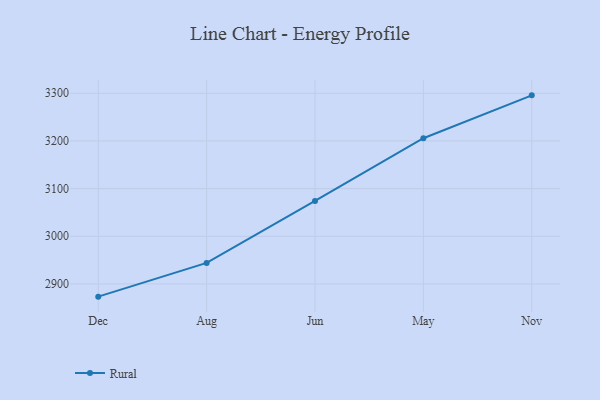
{"axis": {"x": "Month", "y": "Active Users"}, "legend": ["Rural"], "data": [{"x": "Dec", "y": 2873.3, "type": "Rural"}, {"x": "Aug", "y": 2944.1, "type": "Rural"}, {"x": "Jun", "y": 3074.1, "type": "Rural"}, {"x": "May", "y": 3205.7, "type": "Rural"}, {"x": "Nov", "y": 3295.6, "type": "Rural"}]}